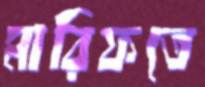
মারিফতে